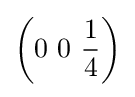
\left(0\ 0\ {\frac {1}{4}}\right)